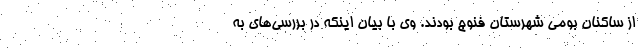
از ساکنان بومی شهرستان فنوج بودند. وی با بیان اینکه در بررسی‌های به